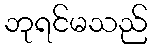
ဘုရင်မသည်